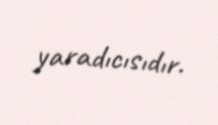
yaradıcısıdır.